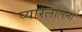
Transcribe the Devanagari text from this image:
प्यारेलालना